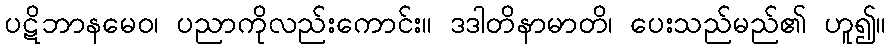
ပဋိဘာနမေဝ၊ ပညာကိုလည်းကောင်း။ ဒဒါတိနာမာတိ၊ ပေးသည်မည်၏ ဟူ၍။